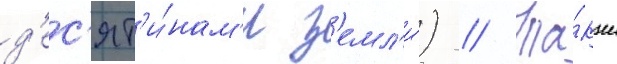
д'ес'ят'и́нам'и з'емл'и́) // Та́кже